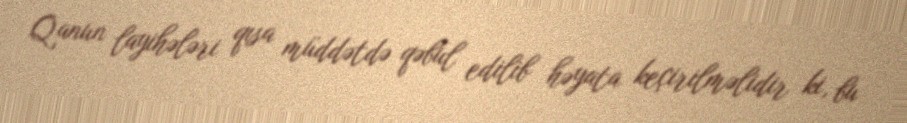
Qanun layihələri qısa müddətdə qəbul edilib həyata keçirilməlidir ki, bu